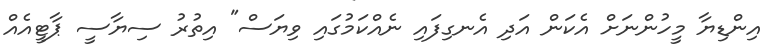
އިންޑިޔާ މީހުންނަށް އެކަން އަދި އެނގިފައި ނެއްކަމުގައި ވިޔަސް" އިތުރު ސިޔާސީ ޕާޓީއެއް